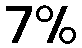
7%